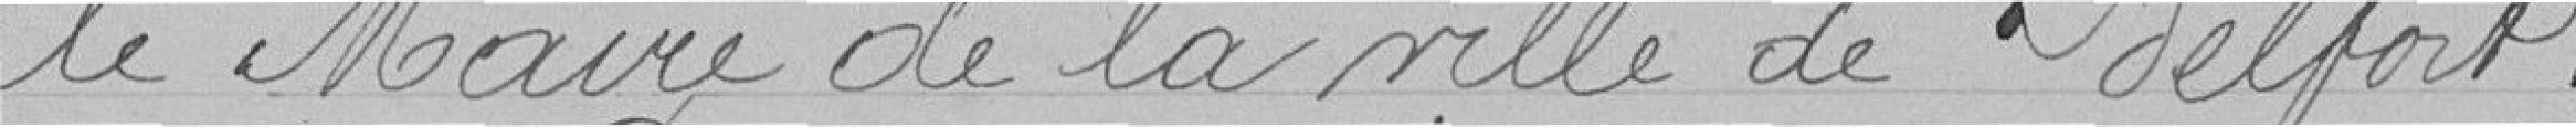
le Maire de la ville de Belfort